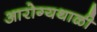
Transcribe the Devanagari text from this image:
आरोग्यथाळी